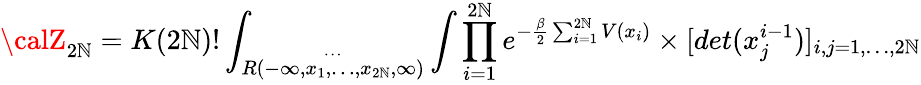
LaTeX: {\calZ}_{2\mathbb{N}}=K(2\mathbb{N})!\int_{\stackrel{\cdots}{R(-\infty,x_{1},\ldots,x_{2\mathbb{N}},\infty)}}\int\prod_{i=1}^{2\mathbb{N}}e^{-\frac{{\beta}}{{2}}\sum_{i=1}^{2\mathbb{N}}V(x_{i})}\times[det(x_{j}^{i-1})]_{i,j=1,\ldots,2\mathbb{N}}